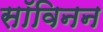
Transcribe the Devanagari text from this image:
सॉविनन